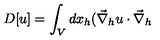
D [ u ] = \int _ { V } d x _ { h } ( \vec { \nabla } _ { h } u \cdot \vec { \nabla } _ { h }